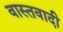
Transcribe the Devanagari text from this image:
वास्तवादी